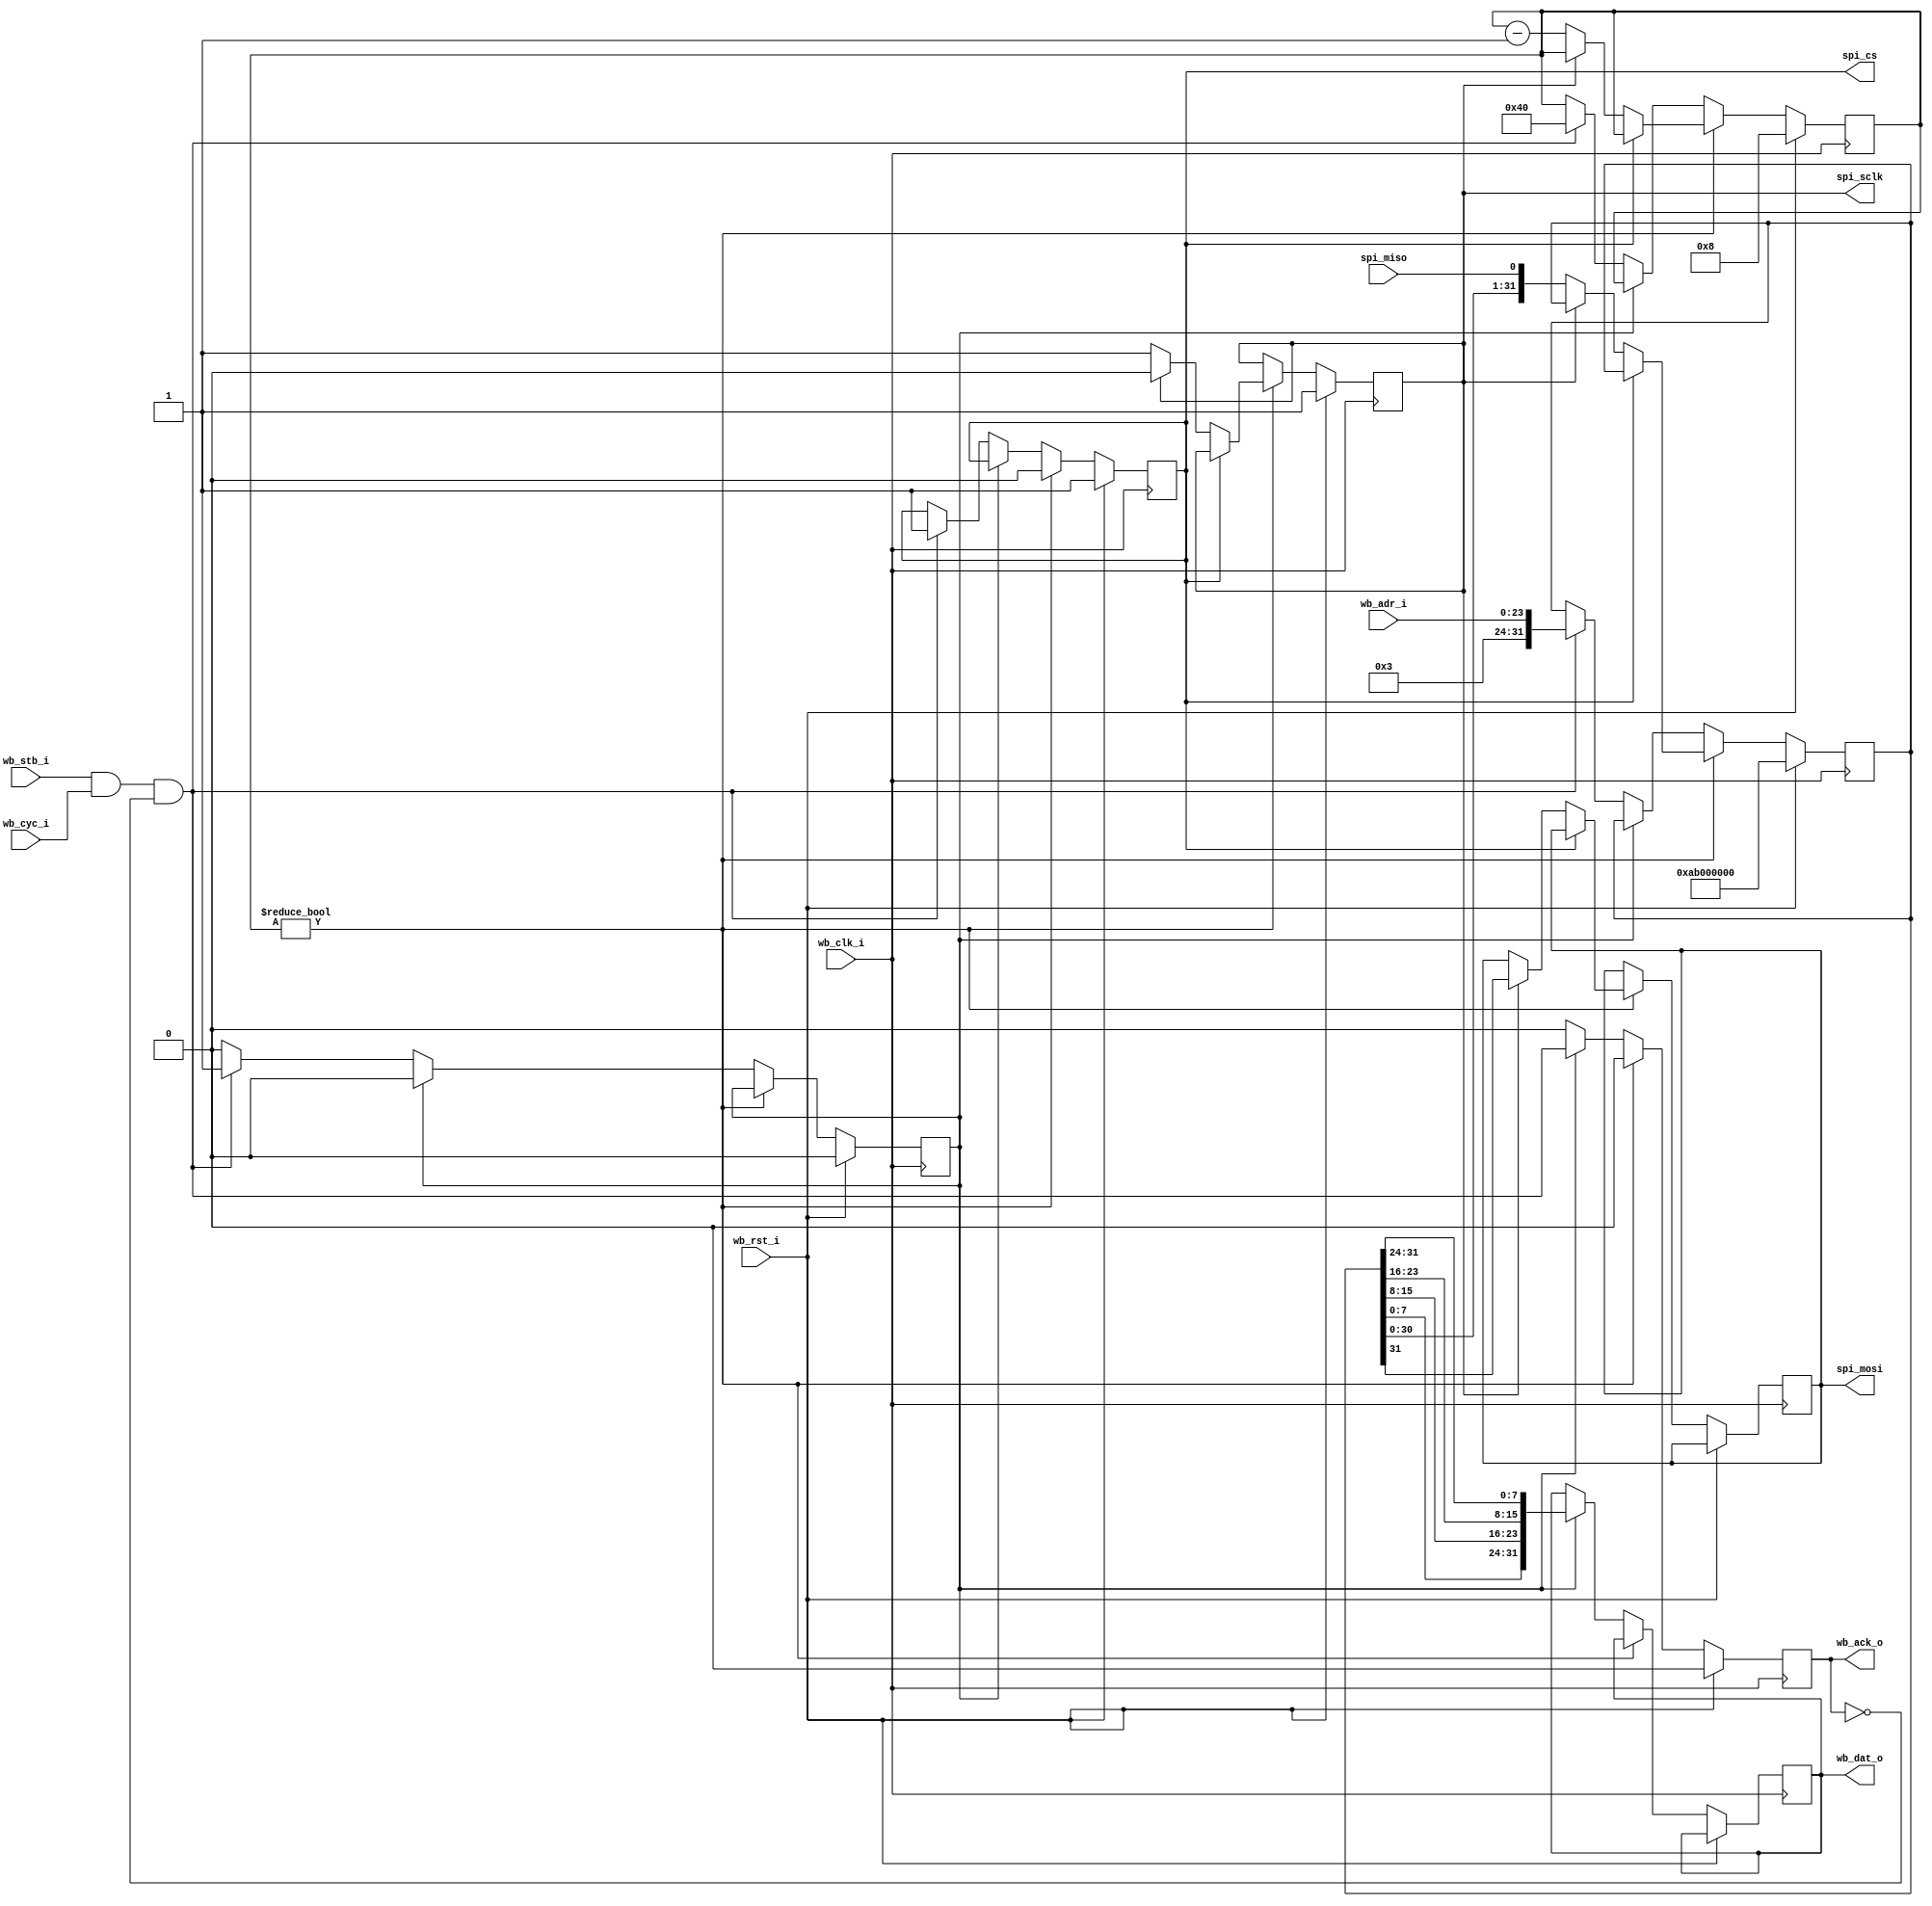
module wb_spimemio (
	input wb_clk_i,
	input wb_rst_i,

	input [23:0] wb_adr_i,
	input wb_cyc_i,
	input wb_stb_i,
	output reg [31:0] wb_dat_o,
	output reg wb_ack_o,

	output reg spi_cs,
	output reg spi_sclk,
	output reg spi_mosi,
	input spi_miso
);

	reg [31:0] buffer;
	reg [6:0] xfer_cnt;
	reg xfer_wait;

	always @(posedge wb_clk_i) begin
		wb_ack_o <= 1'b0;
		if (wb_rst_i) begin
			spi_cs <= 1;
			spi_sclk <= 1;
			xfer_cnt <= 8;
			/* 0xAB: Resume from Deep Power-down */
			buffer <= 8'hAB << 24;
			xfer_wait <= 0;
			wb_ack_o <= 1'b0;
		end else
		if (xfer_cnt) begin
			if (spi_cs) begin
				spi_cs <= 0;
			end else
			if (spi_sclk) begin
				spi_sclk <= 0;
				spi_mosi <= buffer[31];
			end else begin
				spi_sclk <= 1;
				buffer <= {buffer, spi_miso};
				xfer_cnt <= xfer_cnt - 1;
			end
		end else begin
		if (xfer_wait) begin
			wb_ack_o <= wb_stb_i & wb_cyc_i & !wb_ack_o;
			wb_dat_o <= {buffer[7:0], buffer[15:8], buffer[23:16], buffer[31:24]};
			xfer_wait <= 0;
		end else
		if (wb_stb_i & wb_cyc_i & !wb_ack_o) begin
			spi_cs <= 1;
			buffer <= {8'h 03, wb_adr_i};
			xfer_cnt <= 64;
			xfer_wait <= 1;
		end
		end

	end
endmodule